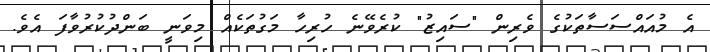
އެ މުއައްސަސާތަކުގެ ވެރިން "ސައިޒު" ކުރެވޭނެ ހުރިހާ މަގުތަކެއް މިވަނީ ބަންދުކުރުވާފަ އެވެ.